King Institute of Preventive Medicine Micro-Biological Section reports 1909-11
Year: 1909
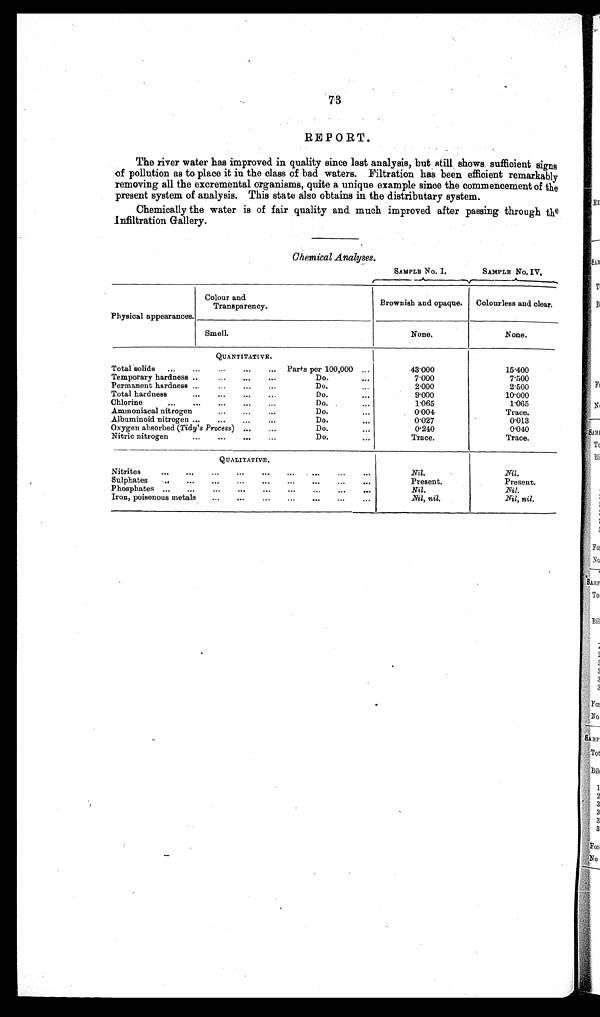
73
REPORT.
The river water has improved in quality since last analysis, but still shows sufficient signs
of pollution as to place it in the class of bad waters. Filtration has been efficient remarkably
removing all the excremental organisms, quite a unique example since the commencement of the
present system of analysis. This state also obtains in the distributary system.
Chemically the water is of fair quality and much improved after passing through the
Infiltration Gallery.
Chemical Analyses.
SAMPLE No. I.
SAMPLE No. IV.
Physical appearances.
Colour and
Transparency.
Brownish and opaque. Colourless and clear,
Smell.
None.
None.
QUANTITATIVE.
Total solids ... ...
. . . . . .
. . .
. . .
Parts per100,000
. . .
43.000
15.400
Temporary hardness ..
. . .
. . .
. . .
. . .
Do.
. . .
7.000
7.500
Permanent hardness ...
. . .
. . .
. . .
. . .
Do.
. . .
2.000
2.500
Total hardness
...
. . .
. . .
. . .
. . .
Do.
. . .
9.000
10.000
Chlorine
...
...
. . .
. . .
. . .
. . .
Do.
. . .
1.065
1.065
Ammoniacal nitrogen
. . .
. . .
. . .
. . .
Do.
. . .
0.004
Trace.
Albuminoid nitrogen ...
. . .
. . .
. . .
. . .
Do
. . . 0.027
0.013
Oxygen absorbed ( Tidy's Process)
. . . .
. . .
Do
. . .
0.240
0.040
Nitric nitrogen
...
. . .
. . .
. . .
. . .
Do.
. . .
Trace.
Trace.
QUALITATIVE.
Nitrites
... ...
. . . . . .
. . .
. . .
. . .
. . .
. . .
. . .
Nil.
Nil.
Sulphates .. ...
. . . . . .
. . .
. . .
. . .
. . .
. . .
. . .
Present.
Present.
Phosphates ... ...
. . . . . .
. . .
. . .
. . .
. . .
. . .
. . .
Nil.
Nil.
Iron, poisonous metals
. . .
. . .
. . .
. . .
. . .
. . .
. . .
Nil, nil.
Nil, nil.